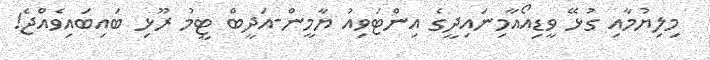
މިލިޔުމާއި ގުޅޭ ވީޑިއޯއާމިނައިދީގެ އިންޓަވިއު ޔާމީން-އަދީބް ޓީމު ރޫޅި ބައިބައިވެއްޖެ!